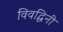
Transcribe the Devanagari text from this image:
विवद्धिनी